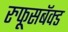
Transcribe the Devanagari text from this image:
रुफूसबॅक्ड